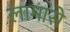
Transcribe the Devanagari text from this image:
लामासे